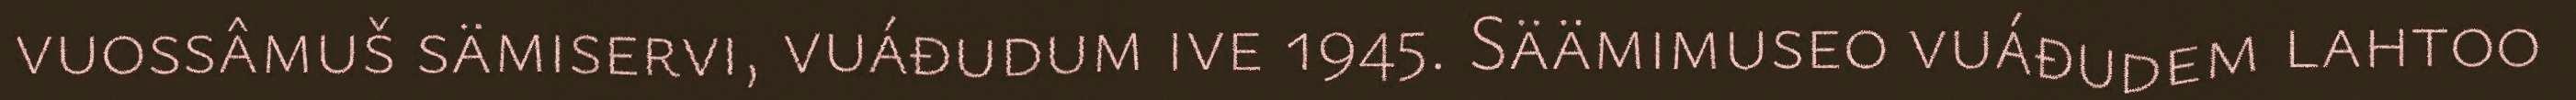
vuossâmuš sämiservi, vuáđudum ive 1945. Säämimuseo vuáđudem lahtoo